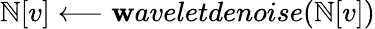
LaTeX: \mathbb{N}[v]\longleftarrow\mathbf{w}aveletdenoise(\mathbb{N}[v])